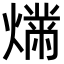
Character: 𬋉